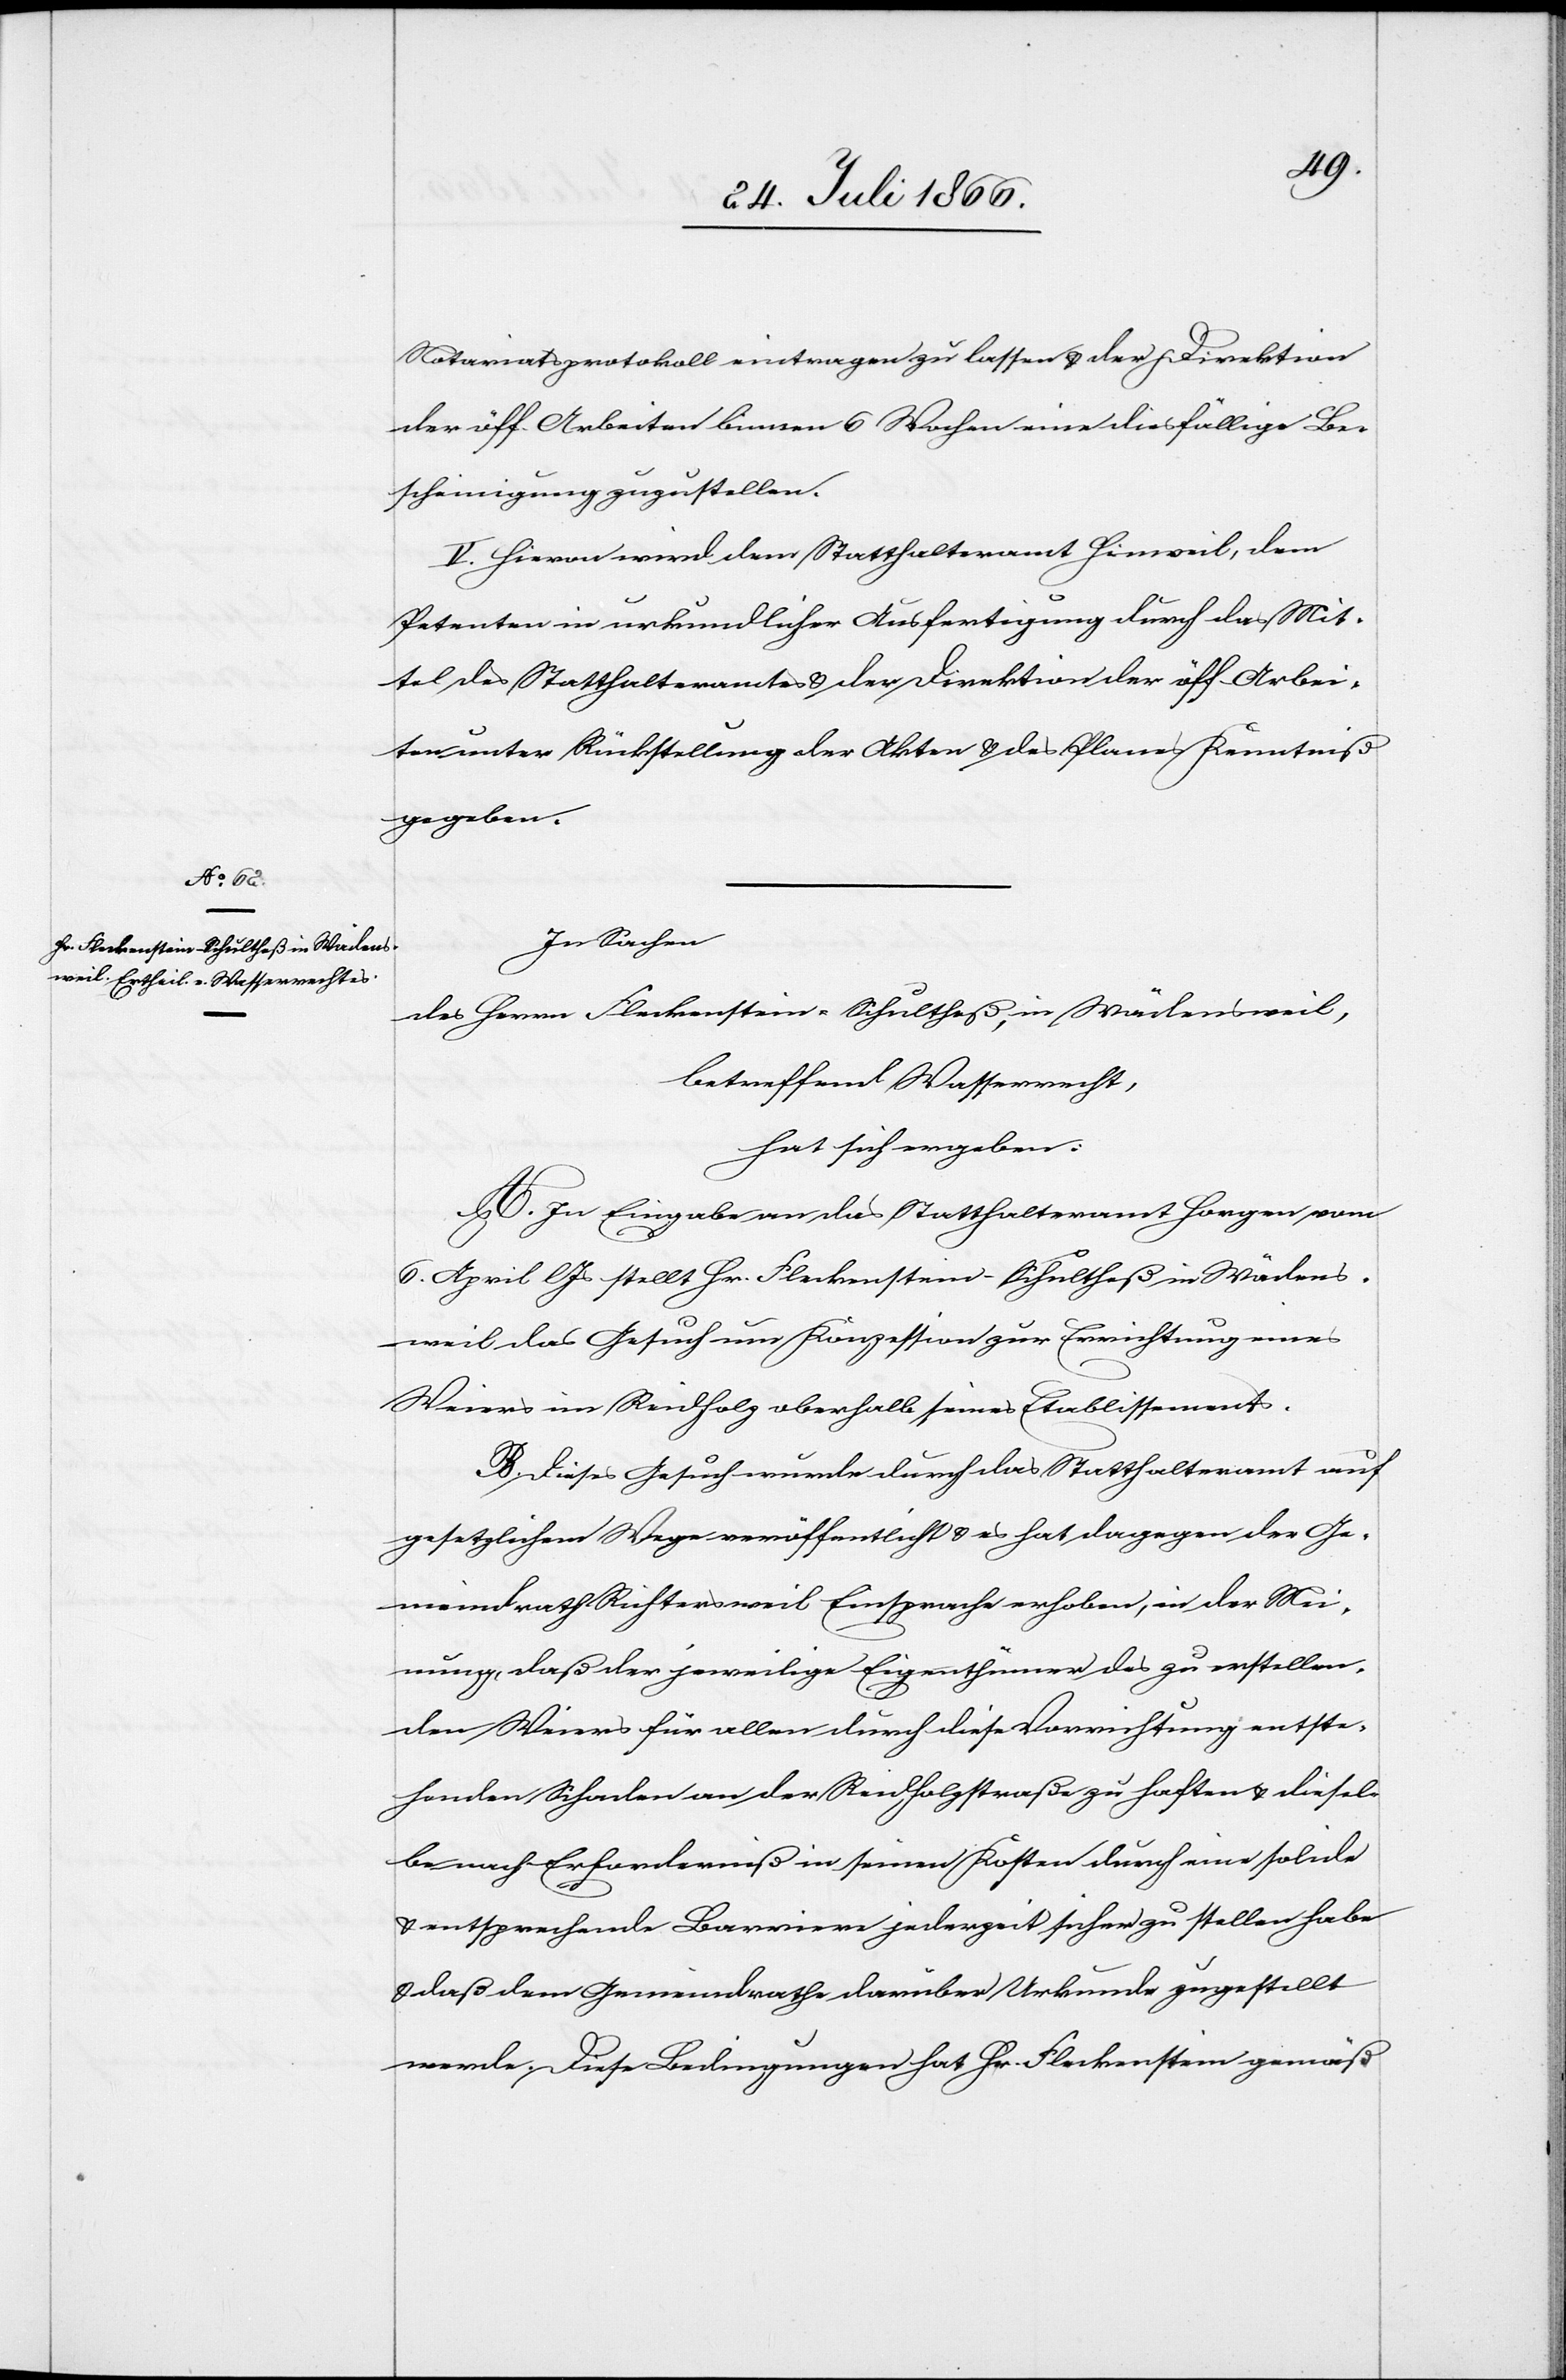
Notariatsprotokoll eintragen zu lassen u. der Direktion
der öff. Arbeiten binnen 6 Wochen eine diesfällige Be¬
scheinigung zuzustellen.
V. Hievon wird dem Statthalteramt Hinweil, dem
Petenten in urkundlicher Ausfertigung durch das Mit¬
tel des Statthalteramtes u. der Direktion der öff. Arbei¬
ten unter Rückstellung der Akten u. des Planes Kenntniß
gegeben.
In Sachen
des Herrn Fleckenstein-Schultheß, in Wädensweil,
betreffend Wasserrecht,
hat sich ergeben:
A. In Eingabe an das Statthalteramt Horgen vom
6. April l Js stellt Hr. Fleckenstein-Schultheß in Wädens¬
weil das Gesuch um Konzession zur Errichtung eines
Weiers im Reidholz oberhalb seines Etablissements.
B. Dieses Gesuch wurde durch das Statthalteramt auf
gesetzlichem Wege veröffentlicht u. es hat dagegen der Ge¬
meindrath Richtersweil Einsprache erhoben, in der Mei¬
nung, daß der jeweilige Eigenthümer des zu erstellen¬
den Weiers für allen durch diese Vorrichtung entste¬
henden Schaden an der Reidholzstraße zu haften u. diesel¬
be nach Erforderniß in seinen Kosten durch eine solide
u. entsprechende Barriere jederzeit sicher zu stellen habe
u. daß dem Gemeindrathe darüber Urkunde zugestellt
werde. Diese Bedingungen hat Hr. Fleckenstein gemäß